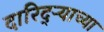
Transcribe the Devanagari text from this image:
दारिद्ऱ्याच्या